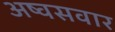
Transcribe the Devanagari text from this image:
अष्वसवार